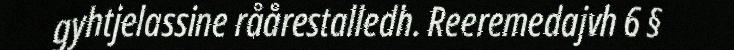
gyhtjelassine råårestalledh. Reeremedajvh 6 §